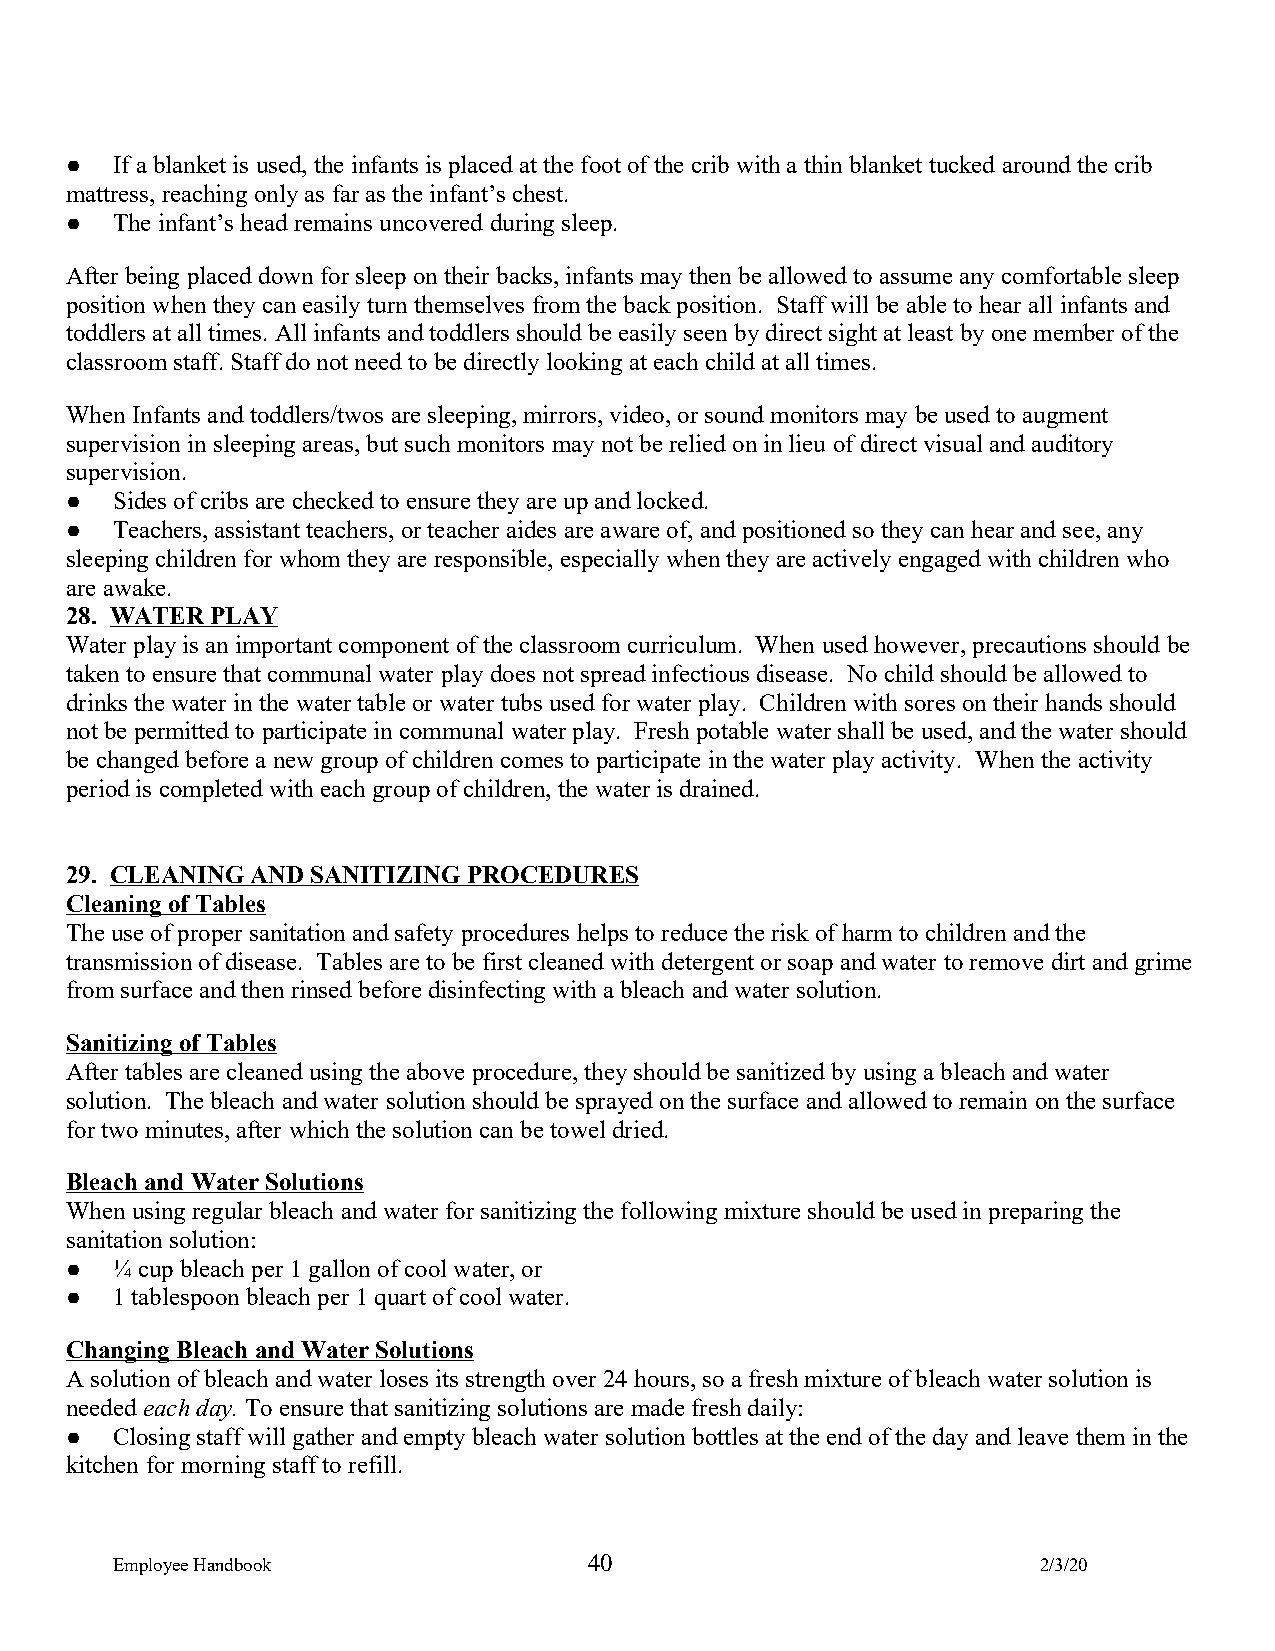
●  If a blanket is used, the infants is placed at the foot of the crib with a thin blanket tucked around the crib
 mattress, reaching only as far as the infant’s chest.
 ●  The infant’s head remains uncovered during sleep.
 After being placed down for sleep on their backs, infants may then be allowed to assume any comfortable sleep
 position when they can easily turn themselves from the back position. Staff will be able to hear all infants and
 toddlers at all times. All infants and toddlers should be easily seen by direct sight at least by one member of the
 classroom staff. Staff do not need to be directly looking at each child at all times.
 When Infants and toddlers/twos are sleeping, mirrors, video, or sound monitors may be used to augment
 supervision in sleeping areas, but such monitors may not be relied on in lieu of direct visual and auditory
 supervision.
 ●  Sides of cribs are checked to ensure they are up and locked.
 ●  Teachers, assistant teachers, or teacher aides are aware of, and positioned so they can hear and see, any
 sleeping children for whom they are responsible, especially when they are actively engaged with children who
 are awake.
 28. WATER PLAY
 Water play is an important component of the classroom curriculum. When used however, precautions should be
 taken to ensure that communal water play does not spread infectious disease. No child should be allowed to
 drinks the water in the water table or water tubs used for water play. Children with sores on their hands should
 not be permitted to participate in communal water play. Fresh potable water shall be used, and the water should
 be changed before a new group of children comes to participate in the water play activity. When the activity
 period is completed with each group of children, the water is drained.
 29. CLEANING AND SANITIZING PROCEDURES
 Cleaning of Tables
 The use of proper sanitation and safety procedures helps to reduce the risk of harm to children and the
 transmission of disease. Tables are to be first cleaned with detergent or soap and water to remove dirt and grime
 from surface and then rinsed before disinfecting with a bleach and water solution.
 Sanitizing of Tables
 After tables are cleaned using the above procedure, they should be sanitized by using a bleach and water
 solution. The bleach and water solution should be sprayed on the surface and allowed to remain on the surface
 for two minutes, after which the solution can be towel dried.
 Bleach and Water Solutions
 When using regular bleach and water for sanitizing the following mixture should be used in preparing the
 sanitation solution:
 ●  ¼ cup bleach per 1 gallon of cool water, or
 ●  1 tablespoon bleach per 1 quart of cool water.
 Changing Bleach and Water Solutions
 A solution of bleach and water loses its strength over 24 hours, so a fresh mixture of bleach water solution is
 needed each day. To ensure that sanitizing solutions are made fresh daily:
 ●  Closing staff will gather and empty bleach water solution bottles at the end of the day and leave them in the
 kitchen for morning staff to refill.
 Employee Handbook               40                            2/3/20